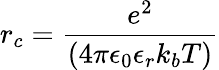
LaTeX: r_{c}=\frac{e^{2}}{(4\pi\epsilon_{0}\epsilon_{r}k_{b}T)}